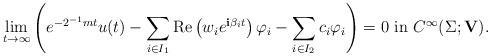
LaTeX: \begin{align*}\lim_{t\to \infty }\left( e^{-2^{-1}mt}u(t) -\sum_{i\in I_1}\textup{Re} \left(w_ie^{\mathbf{i}\beta_i t} \right)\varphi_i-\sum_{i\in I_2}c_i \varphi_i\right) =0\ \textup{in}\ C^\infty(\Sigma;\mathbf{V}).\end{align*}